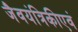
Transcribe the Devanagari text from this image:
जैवयंत्रिकीएवं